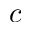
c